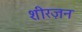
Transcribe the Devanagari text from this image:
शीरज़न